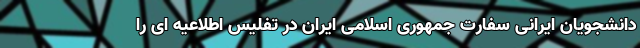
دانشجویان ایرانی سفارت جمهوری اسلامی ایران در تفلیس اطلاعیه ای را